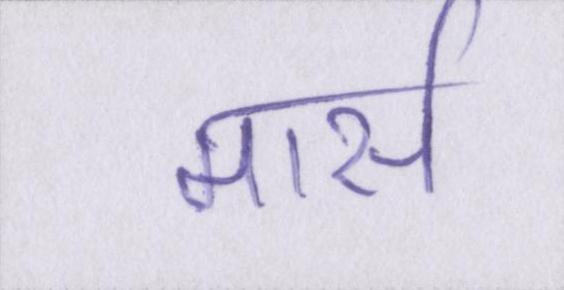
मार्स